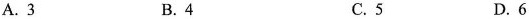
A.3 B.4 C.5 D.6